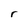
Character: r